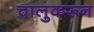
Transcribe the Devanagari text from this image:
चालुकरून